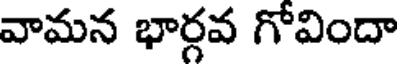
వామన భార్గవ గోవిందా